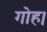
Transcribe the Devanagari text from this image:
गोह।